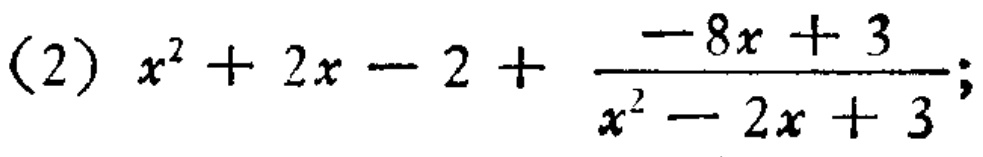
\((2) x^{2}+2x - 2+\frac{-8x + 3}{x^{2}-2x + 3};\)